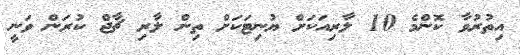
އިތުރުވާ ކޮންމެ 10 ލާރިއަކަށް ޔުނިޓަކަށް ތިން ލާރި ޗާޖް ކުރަން ވަނީ